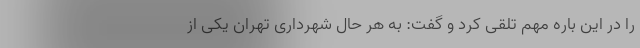
را در این باره مهم تلقی کرد و گفت: به هر حال شهرداری تهران یکی از